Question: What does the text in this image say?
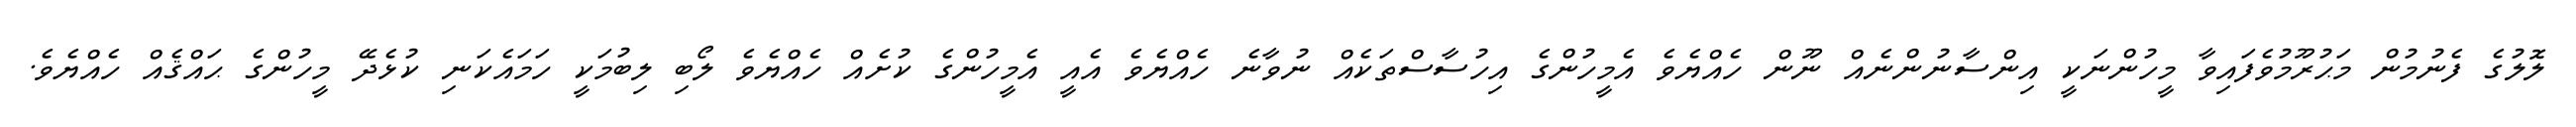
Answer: ލޮލުގެ ފެނުމުން މަޙުރޫމުވެފައިވާ މީހުންނަކީ އިންސާނުންނެއް ނޫން ހެއްޔެވެ އެމީހުންގެ އިހުސާސްތަކެއް ނުވާނެ ހެއްޔެވެ އެއީ އެމީހުންގެ ކުށެއް ހެއްޔެވެ ލޯބި ލިބުމަކީ ހަމައެކަނި ކުޅެދޭ މީހުންގެ ޙައްޤެއް ހެއްޔެވެ.